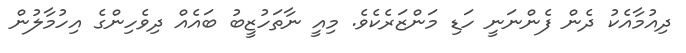
ދިއުމާއެކު ދެން ފެންނަނީ ހަޑި މަންޒަރެކެވެ. މިއީ ނާތަހުޒީބު ބައެއް ދިވެހިންގެ އިހުމާލުން